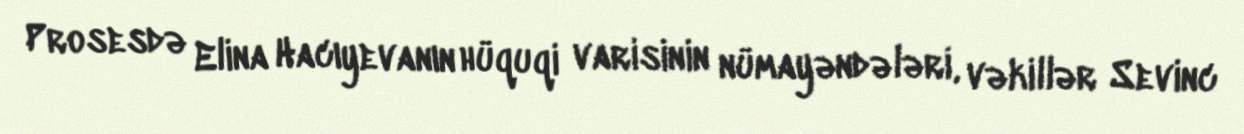
Prosesdə Elina Hacıyevanın hüquqi varisinin nümayəndələri, vəkillər Sevinc